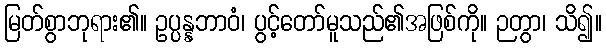
မြတ်စွာဘုရား၏။ ဥပ္ပန္နဘာဝံ၊ ပွင့်တော်မူသည်၏အဖြစ်ကို။ ဉတွာ၊ သိ၍။